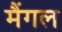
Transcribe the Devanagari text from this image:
मैंगल